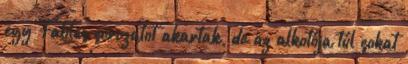
egy Fables sorozatot akartak, de az alkotója túl sokat